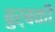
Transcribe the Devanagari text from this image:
बुर्बकी